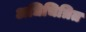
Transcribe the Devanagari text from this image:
अधिचित्रित